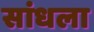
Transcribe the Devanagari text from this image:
सांधला